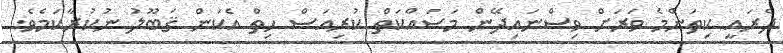
ދެރައީ ކިތަންމެ ވަރަށް ވިސްނައިދޭން މަސައްކަތް ކުރިއަސް ހިތް އެކަން ޤަބޫލު ނުކުރާކަމެވެ.